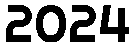
2024